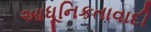
આધૂનિકતાવાદી